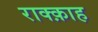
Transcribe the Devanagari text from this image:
राक्क़ाह